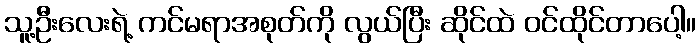
သူ့ဦးလေးရဲ့ ကင်မရာအစုတ်ကို လွယ်ပြီး ဆိုင်ထဲ ဝင်ထိုင်တာပေါ့။